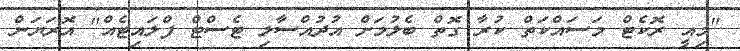
"މިއީ ރޮކެޓް މަސައްކަތް ކުރާ ގޮތް ބެލުމަށް އުދުއްސާލި ޓެސްޓް ފްލައިޓެއް" އޮރަޔަން